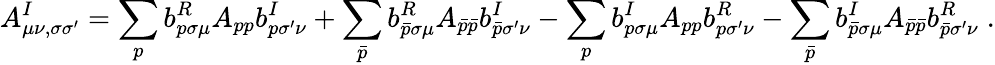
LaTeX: A_{\mu\nu,\sigma\sigma^{\prime}}^{I}=\sum_{p}b_{p\sigma\mu}^{R}A_{pp}b_{p\sigma^{\prime}\nu}^{I}+\sum_{\bar{p}}b_{\bar{p}\sigma\mu}^{R}A_{\bar{p}\bar{p}}b_{\bar{p}\sigma^{\prime}\nu}^{I}-\sum_{p}b_{p\sigma\mu}^{I}A_{pp}b_{p\sigma^{\prime}\nu}^{R}-\sum_{\bar{p}}b_{\bar{p}\sigma\mu}^{I}A_{\bar{p}\bar{p}}b_{\bar{p}\sigma^{\prime}\nu}^{R}\; .